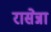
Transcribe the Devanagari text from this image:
रासेन्ना